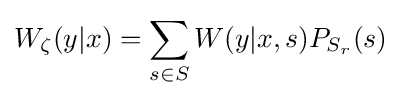
\displaystyle W_{\zeta }(y|x)=\sum _{s\in S}W(y|x,s)P_{S_{r}}(s)